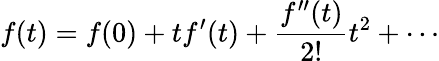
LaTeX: f(t)=f(0)+tf^{\prime}(t)+\frac{f^{\prime\prime}(t)}{2!}t^{2}+\cdots